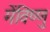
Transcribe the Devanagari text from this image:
मेंविष्णु